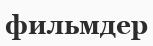
фильмдер